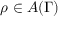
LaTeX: \rho \in A ( \Gamma )